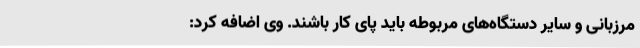
مرزبانی و سایر دستگاه‌های مربوطه باید پای کار باشند. وی اضافه کرد: